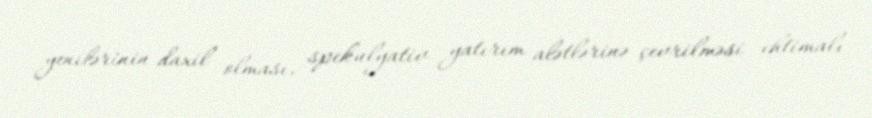
yenilərinin daxil olması, spekulyativ yatırım alətlərinə çevrilməsi ehtimalı